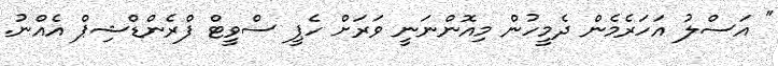
" އަސްލު އަހަރެމެން ދެމީހުން މިއޮންނަނީ ވަރަށް ހެޕީ ސްވީޓް ފްރެންޑްޝިޕް އެއްނު.